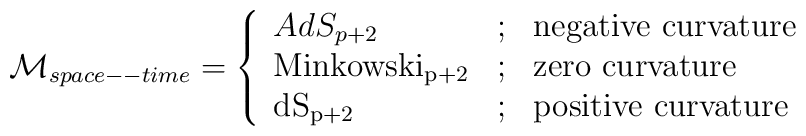
\mathcal{M}_{space--time}=\left \{ \begin{array}{lcl}  AdS_{p+2} & ;& \mbox{negative  curvature}\\  \mathrm{Minkowski_{p+2}}&;& \mbox{zero curvature}\\\mathrm{dS_{p+2}} &;& \mbox{positive curvature}\ \end{array}\right.